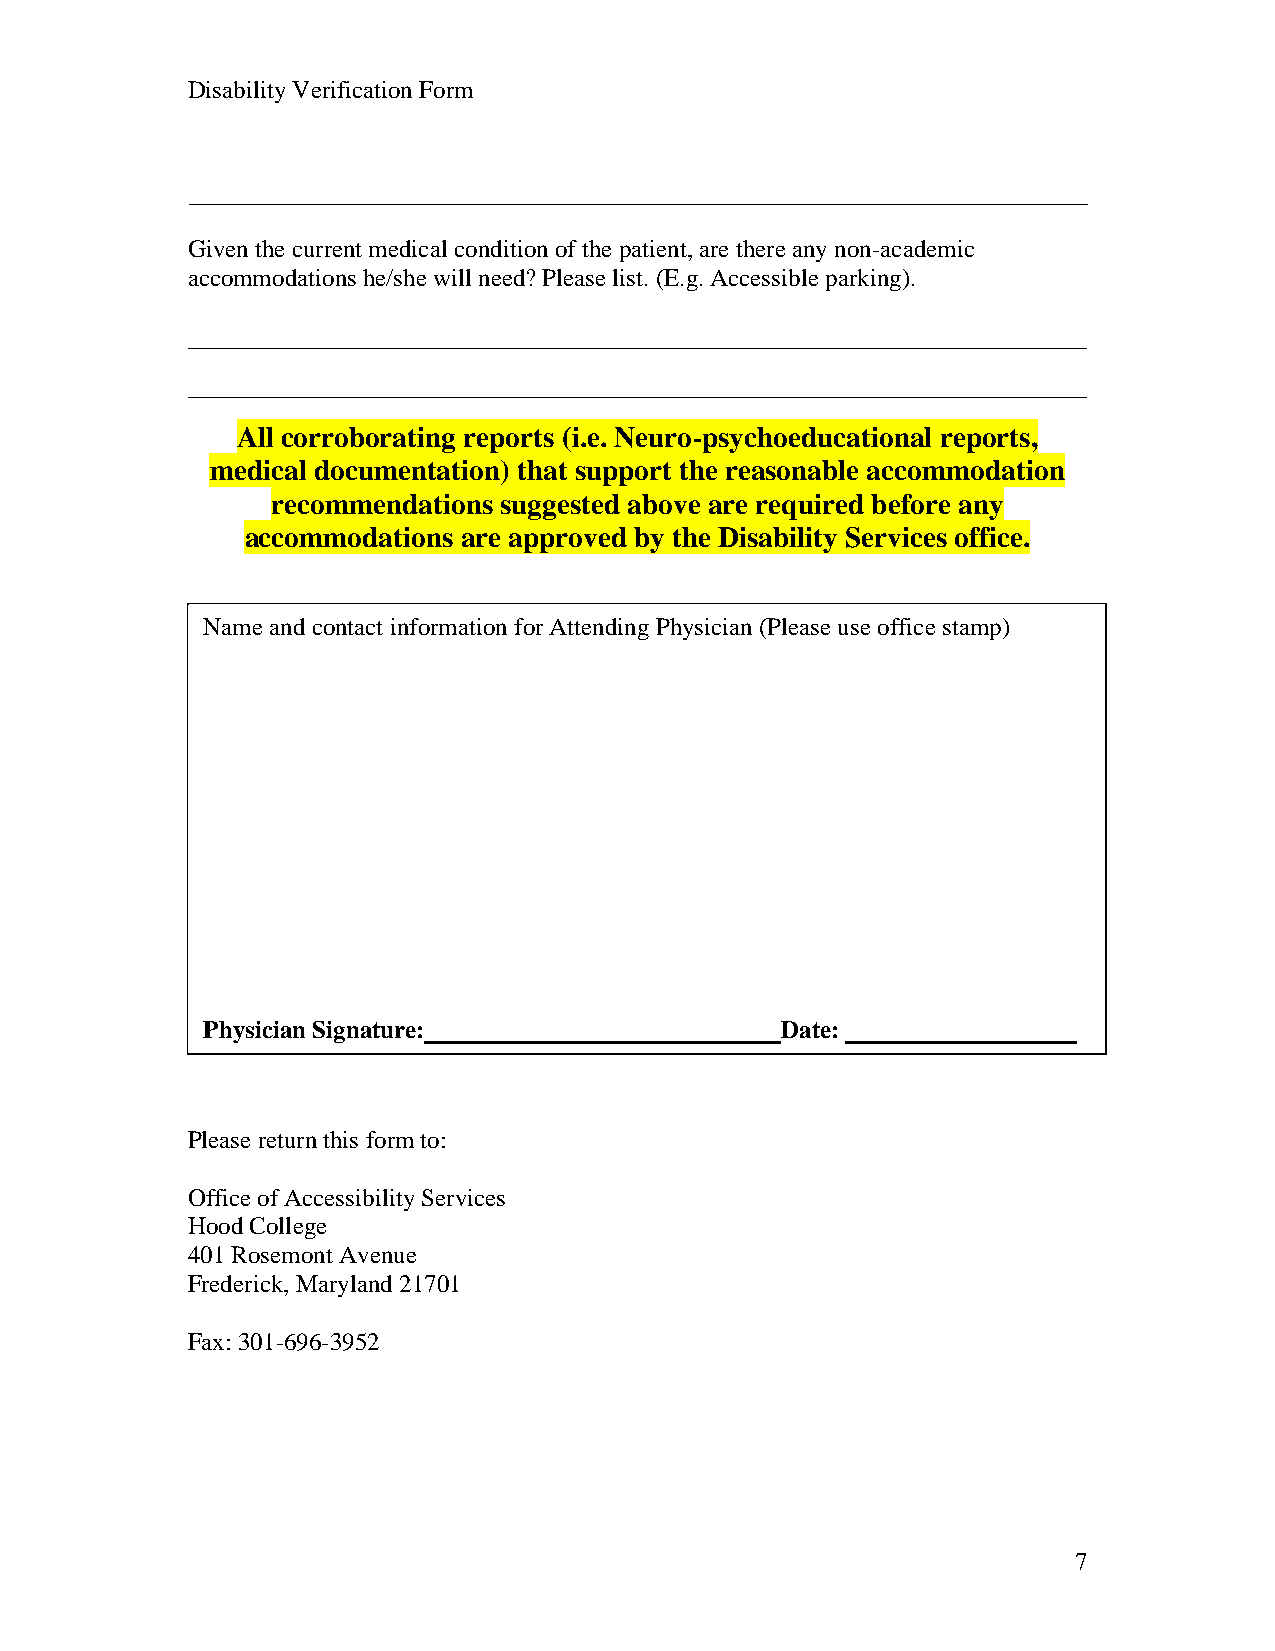
Disability Verification Form
 Given the current medical condition of the patient, are there any non-academic
 accommodations he/she will need? Please list. (E.g. Accessible parking).
 All corroborating reports (i.e. Neuro-psychoeducational reports,
 medical documentation) that support the reasonable accommodation
 recommendations suggested above are required before any
 accommodations are approved by the Disability Services office.
 Name and contact information for Attending Physician (Please use office stamp)
 Physician Signature:                   Date:
 Please return this form to:
 Office of Accessibility Services
 Hood College
 401 Rosemont Avenue
 Frederick, Maryland 21701
 Fax: 301-696-3952
 7